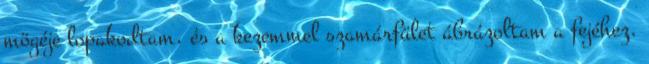
mögéje lopakodtam, és a kezemmel szamárfület ábrázoltam a fejéhez.